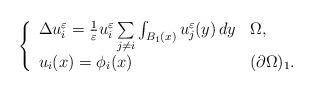
LaTeX: \begin{align*}\left \{\begin{array}{lllll}\Delta u_{i}^{\varepsilon}= \frac{ 1 }{\varepsilon} u_{i}^{\varepsilon} \sum\limits_{j \neq i} \int_{B_{1}(x)} u_{j}^{\varepsilon}(y)\, dy & \Omega,\\u_{i}(x) =\phi_{i}(x) & (\partial \Omega)_1.\\ \end{array}\right.\end{align*}